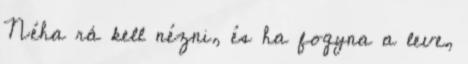
Néha rá kell nézni, és ha fogyna a leve,